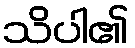
သိပါ၏